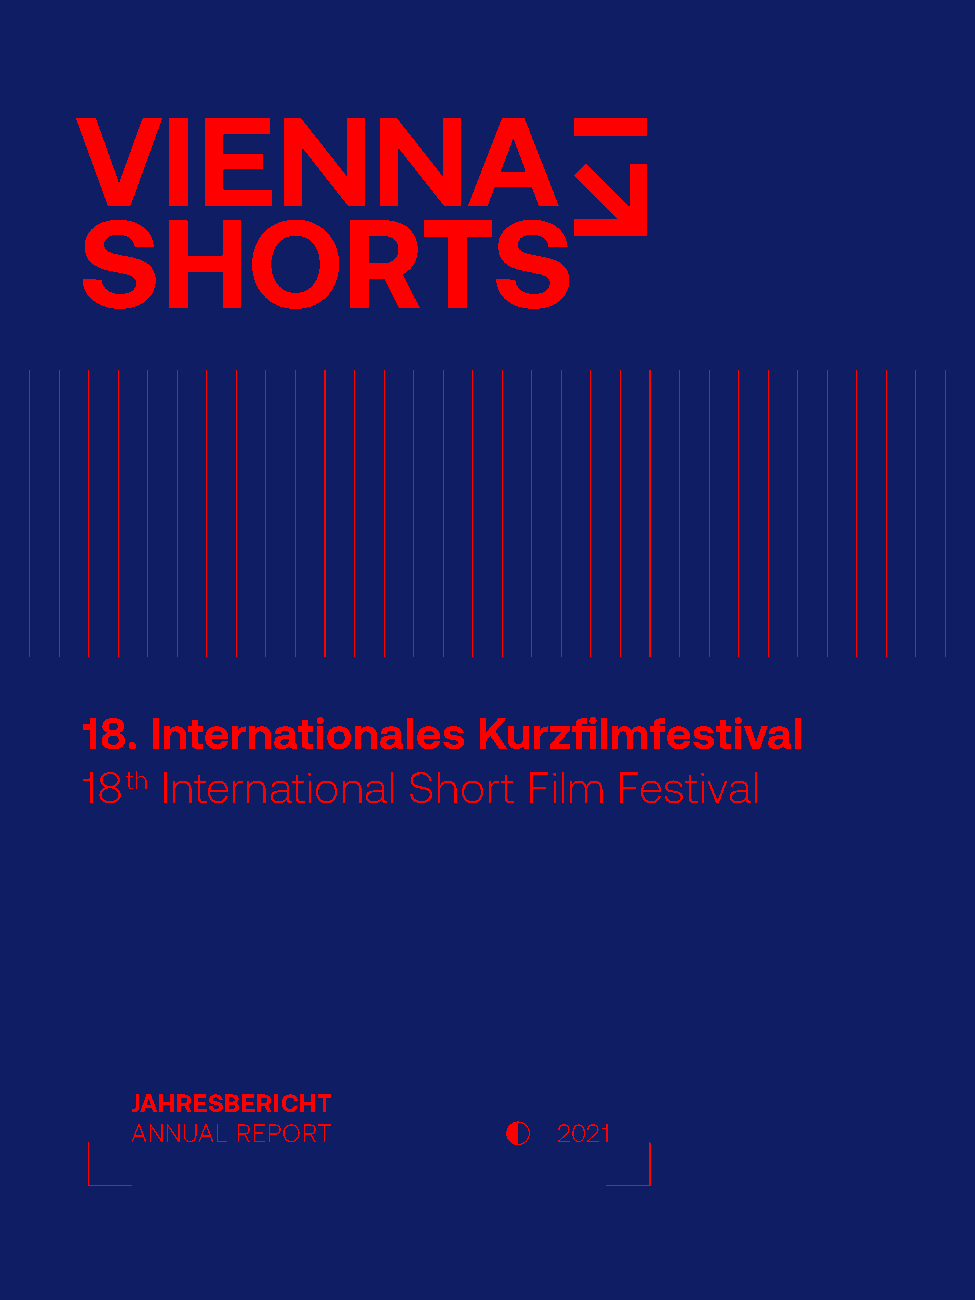
18. Internationales       Kurzfilmfestival
 18th International   Short   Film  Festival
 JAHRESBERICHT
 ANNUAL REPORT               2021